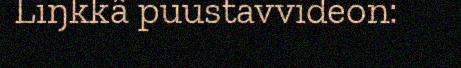
Liŋkkâ puustavvideon: